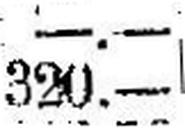
320.—